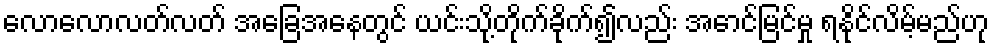
လောလောလတ်လတ် အခြေအနေတွင် ယင်းသို့တိုက်ခိုက်၍လည်း အောင်မြင်မှု ရနိုင်လိမ့်မည်ဟု